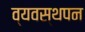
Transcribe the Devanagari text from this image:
व्यवस्थपन